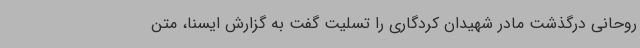
روحانی درگذشت مادر شهیدان کردگاری را تسلیت گفت به گزارش ایسنا، متن